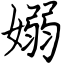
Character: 嫋